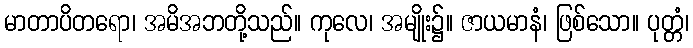
မာတာပိတရော၊ အမိအဘတို့သည်။ ကုလေ၊ အမျိုး၌။ ဇာယမာနံ၊ ဖြစ်သော။ ပုတ္တံ၊